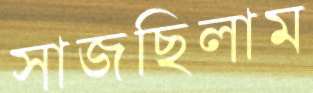
সাজছিলাম